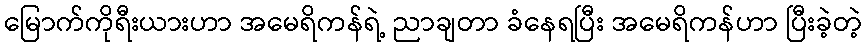
မြောက်ကိုရီးယားဟာ အမေရိကန်ရဲ့ ညာချတာ ခံနေရပြီး အမေရိကန်ဟာ ပြီးခဲ့တဲ့